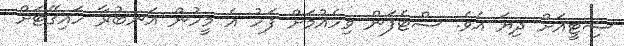
ސިޓީއަށް ދިޔަ އެވެ. ސްޓެފަން ވިހެއުމަށް ފަހު އެ މީހުން އަނބުރާ ހައިގޭޓަށް